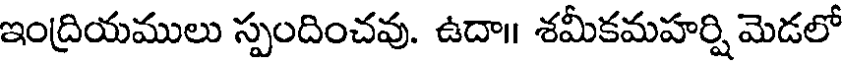
ఇంద్రియములు స్పందించవు. ఉదా॥ శమీకమహర్షి మెడలో